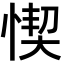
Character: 𢝛